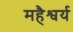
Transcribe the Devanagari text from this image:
महैश्वर्य